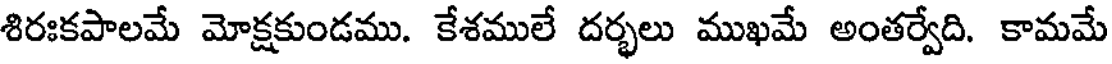
శిరఃకపాలమే మోక్షకుండము. కేశములే దర్భలు ముఖమే అంతర్వేది. కామమే